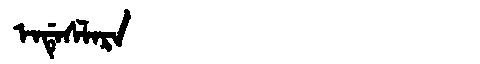
Manchu: ᡝᠨᡩᡝᠰᠯᠠᡵᠠ
Romanization: ENDESLARA